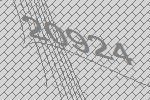
20924